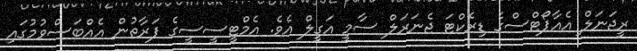
ރީޖަނަލް އެއާޕޯޓްސްގެ ޑިރެކްޓަ ޖެނަރަލް ސާމީ އަގީލް އެވެ. އެމްޓީސީސީގެ ފަރާތުން އެއްބަސްވުމުގައި